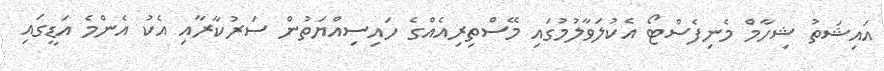
އައިޝަތު ޝިހާމް މެނިފެސްޓޯ އެކުލަވާލުމުގައި މޭސްތިރިއެއްގެ ހައިސިއްޔަތުން ސަރުކާރާއި އެކު އެންމެ އަޑީގައި